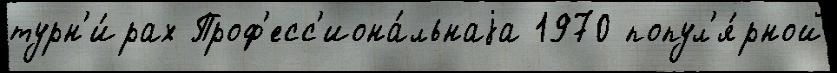
турн'и́рах Проф'есс'иона́льнаjа 1970 попул'я́рной